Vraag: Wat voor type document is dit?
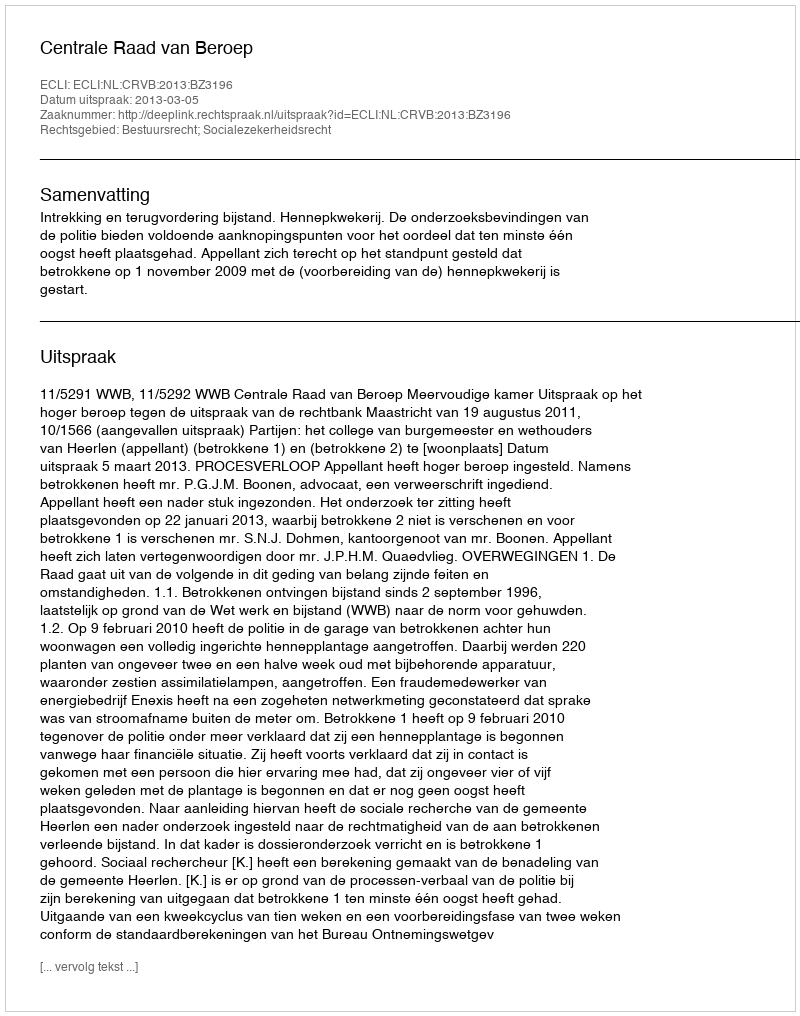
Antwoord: Uitspraak